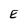
Character: E